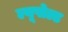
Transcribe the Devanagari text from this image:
ल्यूपोल्ड